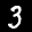
Label: 3